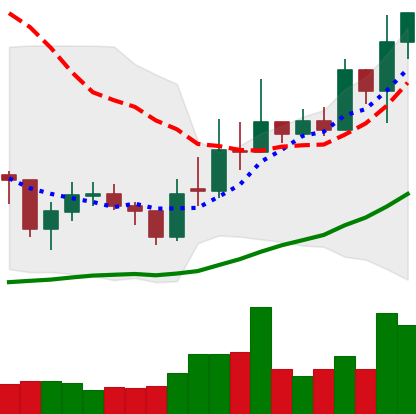
Ticker: EOS-USD
Chart end date: 2021-02-08
Forward return: 53.469%
Label: up_7plus